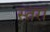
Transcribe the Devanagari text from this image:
स्तरा